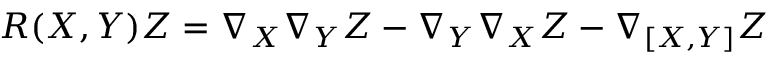
R ( X , Y ) Z = \nabla _ { X } \nabla _ { Y } Z - \nabla _ { Y } \nabla _ { X } Z - \nabla _ { [ X , Y ] } Z